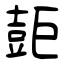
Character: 壾